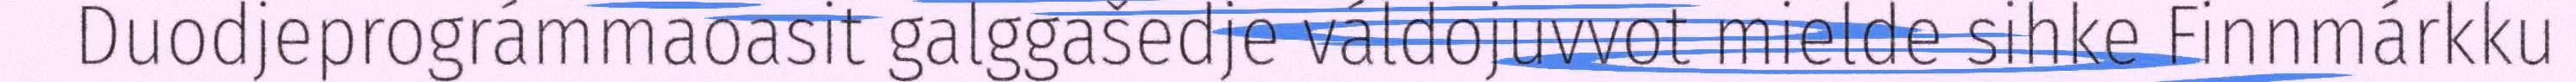
Duodjeprográmmaoasit galggašedje váldojuvvot mielde sihke Finnmárkku